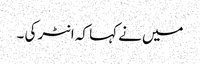
میں نے کہا کہ انٹر کی ۔